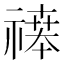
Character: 𬓒